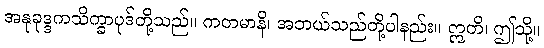
အနုခုဒ္ဒကသိက္ခာပုဒ်တို့သည်။ ကတမာနိ၊ အဘယ်သည်တို့ပါနည်း။ ဣတိ၊ ဤသို့။